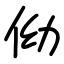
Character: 㑃